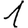
Digit: 1